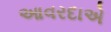
આવરદાએ